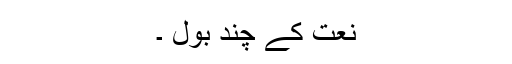
نعت کے چند بول ۔